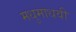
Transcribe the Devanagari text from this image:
मधुमाधवी